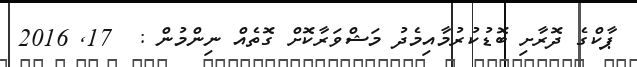
ޕާކްގެ ދޮރާށި ބޮޑުކުރުމާއިމެދު މަޝްވަރާކޮށް ގޮތެއް ނިންމުން :  17